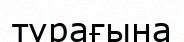
түрағына